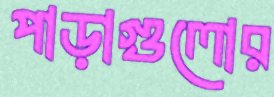
পাড়াগুলোর